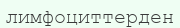
лимфоциттерден